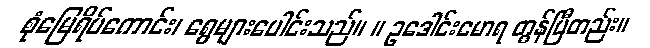
စုံမြေရိပ်ကောင်း၊ ရွေများပေါင်းသည်။ ။ ဥဒေါင်းမောရ တွန်ပြီတည်း။